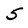
Character: 5